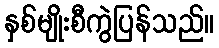
နှစ်မျိုးစီကွဲပြန်သည်။